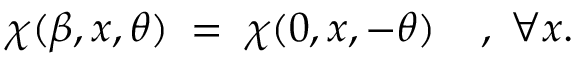
\chi ( \beta , x , \theta ) \; = \; \chi ( 0 , x , - \theta ) \; \; \; \; , \; \forall x .